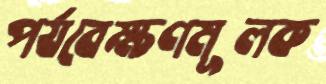
পর্যবেক্ষণমূলক